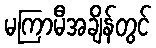
မကြာမီအချိန်တွင်